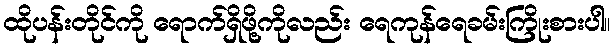
ထိုပန်းတိုင်ကို ရောက်ရှိဖို့ကိုလည်း ရေကုန်ရေခမ်းကြိုးစားပါ။